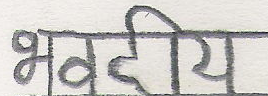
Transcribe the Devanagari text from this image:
भवदीय